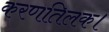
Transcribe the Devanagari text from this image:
करणतिलक।